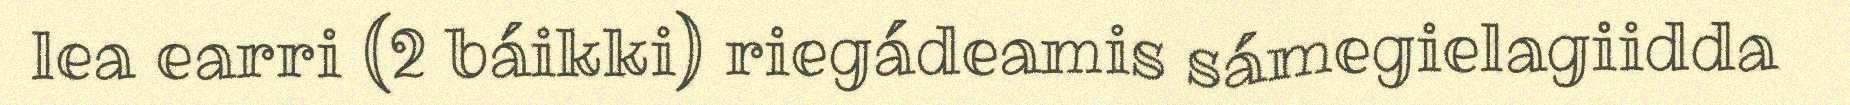
lea earri (2 báikki) riegádeamis sámegielagiidda